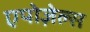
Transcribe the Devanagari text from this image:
एपोज़ेल्स